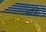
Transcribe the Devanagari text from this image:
सोजे